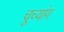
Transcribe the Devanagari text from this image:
चूच्यांग